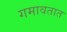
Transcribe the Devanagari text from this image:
गमावतात